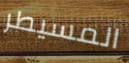
المسيطر